Black-water fever - Number 35
Disease focus: Fever
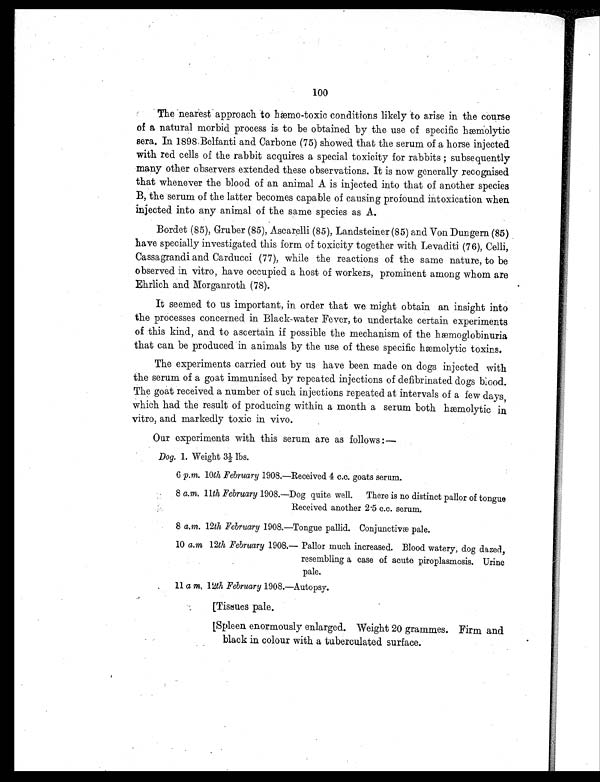
100
The nearest approach to hæmo-toxic conditions likely to arise in the course
of a natural morbid process is to be obtained by the use of specific hæmolytic
sera. In 1898 Belfanti and Carbone (75) showed that the serum of a horse injected
with red cells of the rabbit acquires a special toxicity for rabbits ; subsequently
many other observers extended these observations. It is now generally recognised
that whenever the blood of an animal A is injected into that of another species
B, the serum of the latter becomes capable of causing profound intoxication when
injected into any animal of the same species as A.
Bordet (85), Gruber (85), Ascarelli (85), Landsteiner (85) and Von Dungern (85)
have specially investigated this form of toxicity together with Levaditi (76), Celli,
Cassagrandi and Carducci (77), while the reactions of the same nature, to be
observed in vitro, have occupied a host of workers, prominent among whom are
Ehrlich and Morganroth (78).
It seemed to us important, in order that we might obtain an insight into
the processes concerned in Black-water Fever, to undertake certain experiments
of this kind, and to ascertain if possible the mechanism of the hæmoglobinuria
that can be produced in animals by the use of these specific hæmolytic toxins.
The experiments carried out by us have been made on dogs injected with
the serum of a goat immunised by repeated injections of defibrinated dogs blood.
The goat received a number of such injections repeated at intervals of a few days,
which had the result of producing within a month a serum both hæmolytic in
vitro, and markedly toxic in vivo.
Our experiments with this serum are as follows :—
Dog. 1. Weight 3½ lbs.
6 p . m. 10th February 1908.—Received 4 c.c. goats serum.
8 a. m. 11 th February 1908.—Dog quite well. There is no distinct pallor of tongue
Received another 2.5 c.c. serum.
8 a.m . 12th February 1908.—Tongue pallid. Conjunctivæ pale.
10 a. m 12th February 1908.—Pallor much increased. Blood watery, dog dazed,
resembling a case of acute piroplasmosis. Urine
pale.
11 a m. 12th February 1908.—Autopsy.
[Tissues pale.
[Spleen enormously enlarged. Weight 20 grammes. Firm and
black in colour with a tuberculated surface.